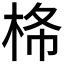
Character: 𰗠